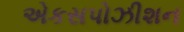
એકસપોઝીશન